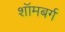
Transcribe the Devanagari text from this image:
शॉमबर्ग